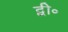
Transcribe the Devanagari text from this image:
द्वी॰